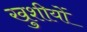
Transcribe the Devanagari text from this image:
खुशीयों